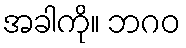
အခါကို။ ဘဂဝ